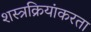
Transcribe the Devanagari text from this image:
शस्त्रक्रियांकरता